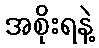
အစိုးရနဲ့